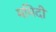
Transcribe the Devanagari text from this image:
ममिदी